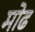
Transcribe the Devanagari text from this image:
मोढ